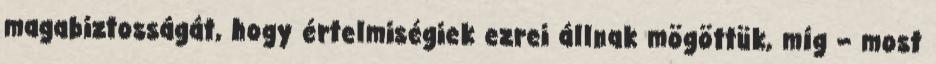
magabiztosságát, hogy értelmiségiek ezrei állnak mögöttük, míg – most